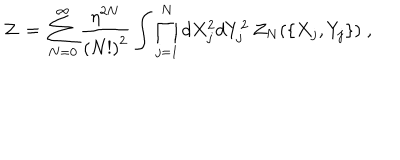
{ \cal Z } \, = \, \sum _ { N = 0 } ^ { \infty } \frac { { \eta } ^ { 2 N } } { { ( N ! ) } ^ { 2 } } \int \prod _ { j = 1 } ^ { N } d X _ { j } ^ { 2 } d Y _ { j } ^ { 2 } \, { \cal Z } _ { N } ( \{ X _ { j } , Y _ { j } \} ) \; ,